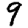
Digit: 9